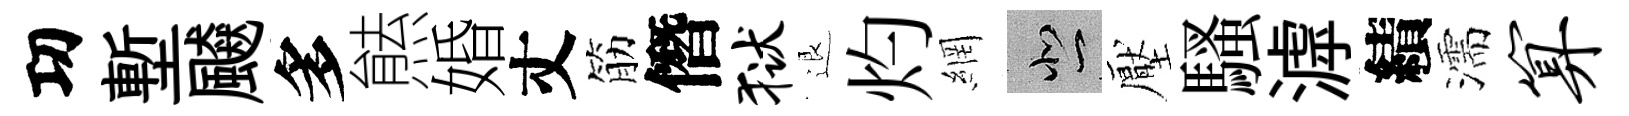
㓛塹飇多㷱婚丈筋僭狱退灼網悲壓騷滹績濡算